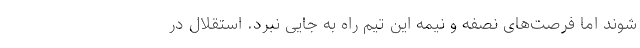
شوند اما فرصت‌های نصفه و نیمه این تیم راه به جایی نبرد. استقلال در